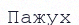
Пажух